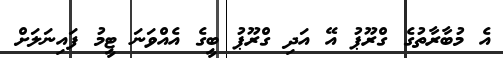
އެ މުބާރާތުގެ ގްރޫޕު އޭ އަދި ގްރޫޕު ބީގެ އެއްވަނަ ޓީމު ފައިނަލަށް